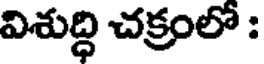
విశుద్ధి చక్రంలో :